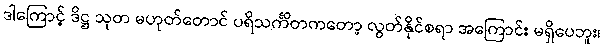
ဒါကြောင့် ဒိဋ္ဌ သုတ မဟုတ်တောင် ပရိသင်္ကိတကတော့ လွတ်နိုင်စရာ အကြောင်း မရှိပေဘူး၊